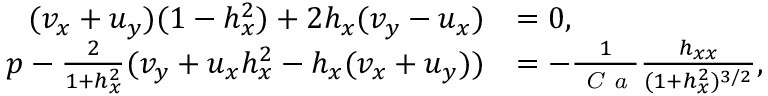
\begin{array} { r l } { ( v _ { x } + u _ { y } ) ( 1 - h _ { x } ^ { 2 } ) + 2 h _ { x } ( v _ { y } - u _ { x } ) } & { = 0 , } \\ { p - \frac { 2 } { 1 + h _ { x } ^ { 2 } } ( v _ { y } + u _ { x } h _ { x } ^ { 2 } - h _ { x } ( v _ { x } + u _ { y } ) ) } & { = - \frac { 1 } { \mathrm { \textit { C a } } } \frac { h _ { x x } } { ( 1 + h _ { x } ^ { 2 } ) ^ { 3 / 2 } } , } \end{array}